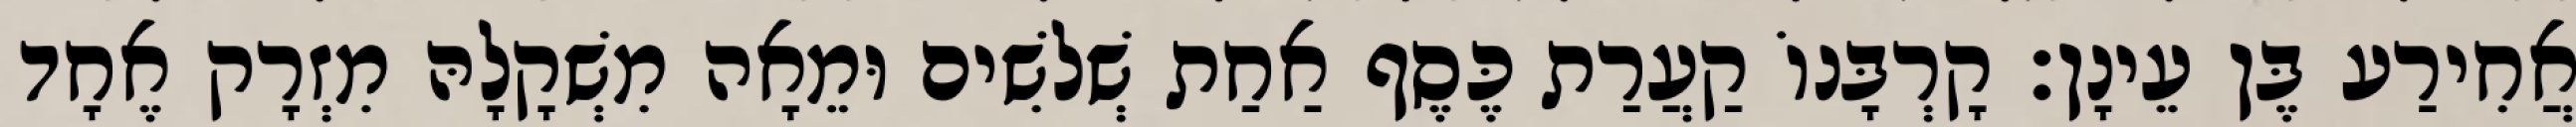
אֲחִירַע בֶּן עֵינָן׃ קָרְבָּנוֹ קַעֲרַת כֶּסֶף אַחַת שְׁלשִׁים וּמֵאָה מִשְׁקָלָהּ מִזְרָק אֶחָד